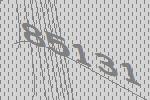
85131